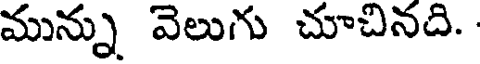
మున్ను వెలుగు చూచినది.